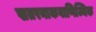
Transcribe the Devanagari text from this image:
खतरनाकवाणिज्यिक